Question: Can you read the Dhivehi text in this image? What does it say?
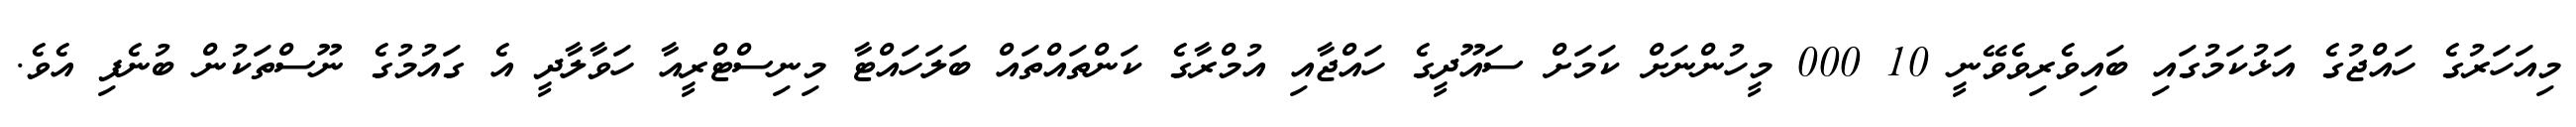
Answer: މިއަހަރުގެ ހައްޖުގެ އަޅުކަމުގައި ބައިވެރިވެވޭނީ 10 000 މީހުންނަށް ކަމަށް ސައޫދީގެ ހައްޖާއި އުމްރާގެ ކަންތައްތައް ބަލަހައްޓާ މިނިސްޓްރީއާ ހަވާލާދީ އެ ގައުމުގެ ނޫސްތަކުން ބުނެފި އެވެ.